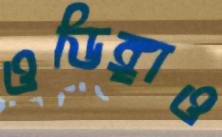
ওডিঙ্গাও